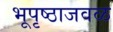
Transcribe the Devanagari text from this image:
भूपृष्ठाजवळ